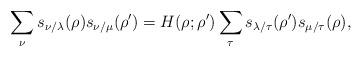
LaTeX: \begin{align*}\sum_{\nu} s_{\nu/\lambda}(\rho)s_{\nu/\mu}(\rho') = H(\rho ; \rho') \sum_{\tau} s_{\lambda/\tau}(\rho')s_{\mu/\tau}(\rho),\end{align*}